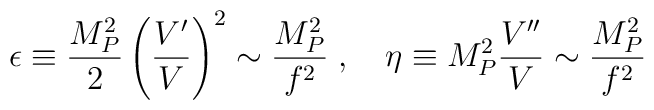
\epsilon \equiv \frac{M_P^2}{2}\left(\frac{V'}{V}\right)^2 \sim\frac{M_P^2}{f^2} \;, \quad \eta \equiv M_P^2 \frac{V''}{V} \sim\frac{M_P^2}{f^2}